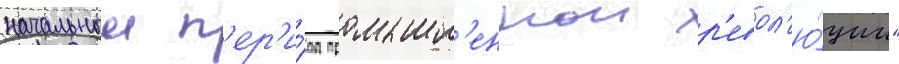
начальныи п'ер'и́од промышл'еннои р'евол'ю́ции"